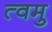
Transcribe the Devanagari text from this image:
त्वमु